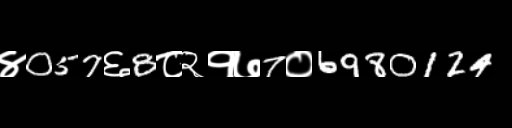
Text: ४057६8८२१७7०6980124